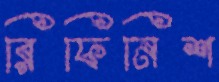
রিফিনিশ